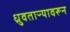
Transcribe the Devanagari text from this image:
ध्रुवताऱ्यावरून